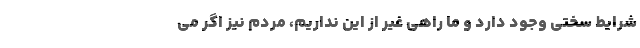
شرایط سختی وجود دارد و ما راهی غیر از این نداریم، مردم نیز اگر می